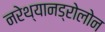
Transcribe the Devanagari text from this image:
नरेथ्यानड्रोलोन